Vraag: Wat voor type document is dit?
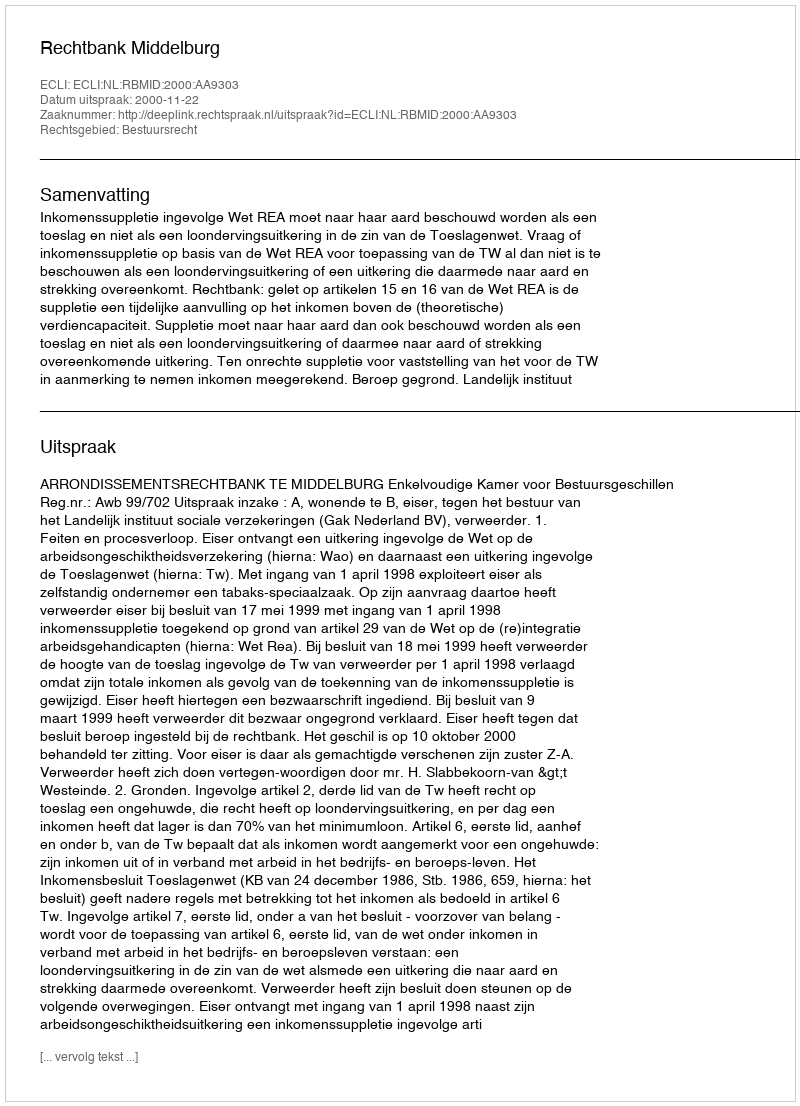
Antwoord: Uitspraak